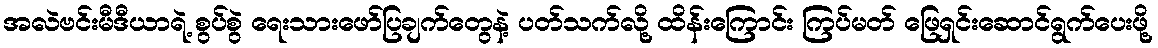
အလဲဗင်းမီဒီယာရဲ့ စွပ်စွဲ ရေးသားဖော်ပြချက်တွေနဲ့ ပတ်သက်လို့ ထိန်းကြောင်း ကြပ်မတ် ဖြေရှင်းဆောင်ရွက်ပေးဖို့